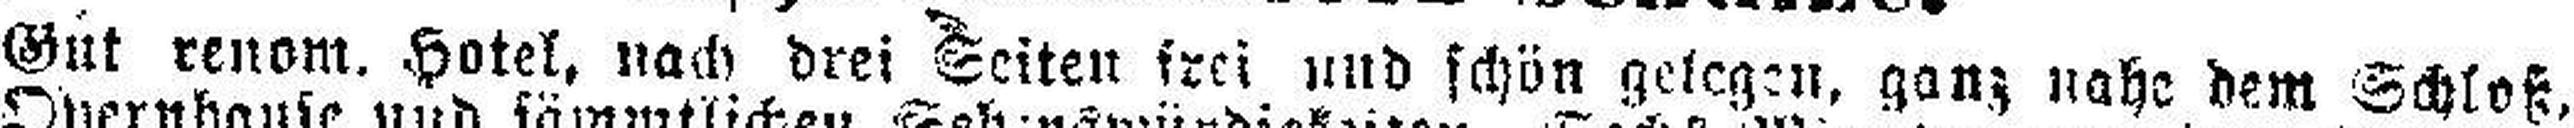
Gut renom. Hotel, nach drei Seiten frei und schön gelegen, ganz nahe dem Schloß.